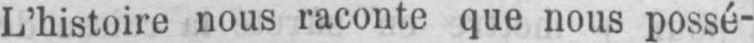
L’histoire nous raconte que nous possé-